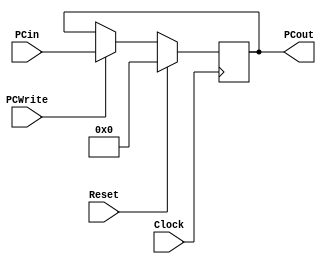
////////////////////////////////////////////////////////////////////////////////
// 2ECOM.023 - Laboratorio de Arquitetura e Organizacao de Computadores 1
// Modulo - pc.v
// Descricao - Contador do programa
//
// Entradas:
// PCin: Uma entrada de 8 bits contendo a posicao de uma instrucao. Sera 
// utilizado para identificar qual e a instrucao na memoria de instrucoes.
// Reset: Sinal de 1 bit para resetar o processo, retorna ao inicio.
// Clock: Define se as altercoes ocorrerao na borda de subida ou descida do sinal.
// PCWrite: Propoe uma limitacao a escrita em PC, caso halt seja a instrucao,
// nenhuma informacao de PC podera ser alterada.
//
// Saidas:
// PCout: Saida de 8 bits.
//
// Funcionamento: Central de contagem do processador. E necessario para que a
// partir da sua saida, seja escolhido a instrucao correta. A saida  definida por
// PCout; esse comea em 00000000 e nesses bits de saida ocorrem as alteracoes
// de acordo com os valores da entrada PCin. Para que a substituicao dos valores
// da sada aconteca, e necessario que PCWrite esteja habilitado.
// Caso seja preciso que o processador volte ao inicio, existira o sinal de reset
// e todas as alteracoes ocorrerao quando o sinal de CLOCK determinar, nesse caso
// sempre que for uma borda de subida.
//
// Nota: Tudo esta sem acentuacao
////////////////////////////////////////////////////////////////////////////////

module pc(PCin, PCout, Reset, Clock, PCWrite);

	input       [7:0]  PCin;
	input              Reset, Clock, PCWrite;
	output reg  [7:0]  PCout;

	initial begin
		PCout <= 8'b00000000;
	end

    always @(posedge Clock) 
	begin
		if (Reset == 1'b1)
		begin
			PCout <= 8'b00000000;
		end
    	else
    	begin
			if (PCWrite == 1'b1) 
			begin
				PCout <= PCin;
			end
    	end
    end

endmodule